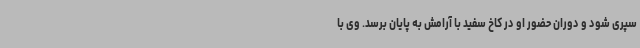
سپری شود و دوران حضور او در کاخ سفید با آرامش به پایان برسد. وی با